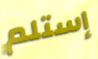
إستلم